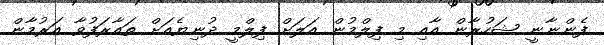
ފެންނާނީ ޝަހުރާން އާއި މި ފިލްމުން އަލަށް ފިލްމީ ދުނިޔެއަށް ތައާރަފުވާ އަރުމާން